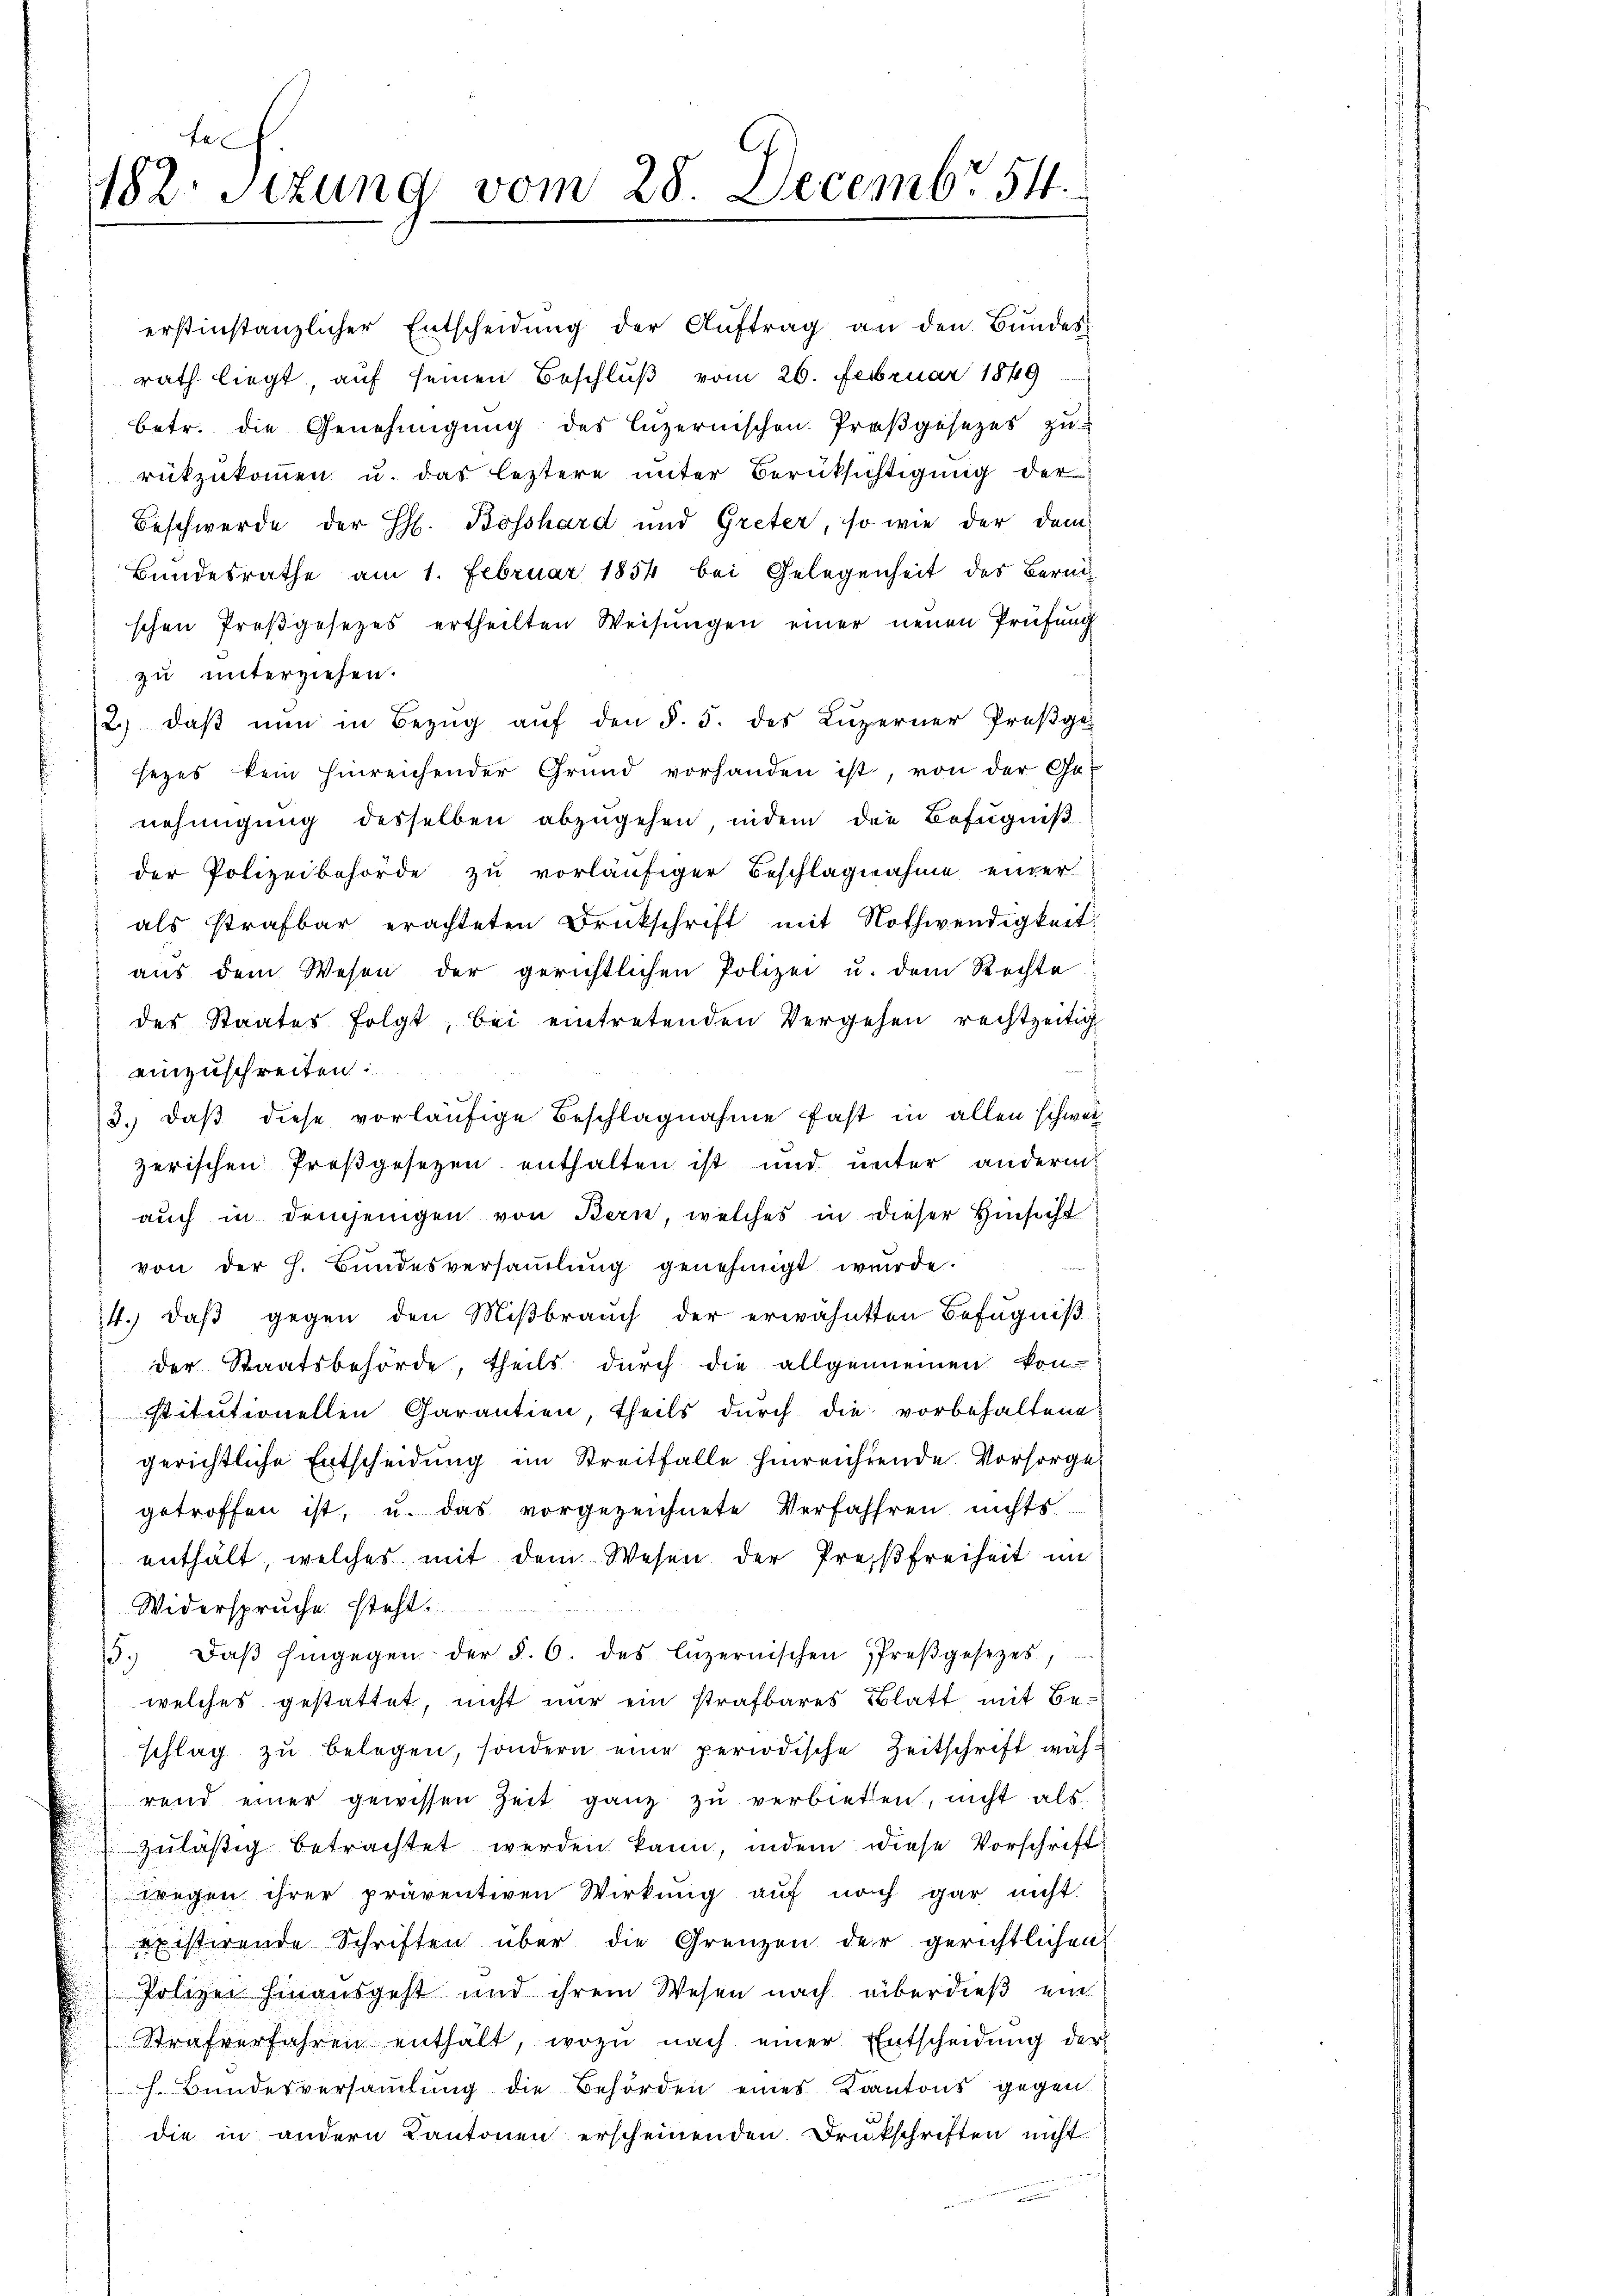
rath liegt, auf seinen Beschluß vom 26. Februar 1849
betr. die Genehmigung des Luzernischen Preßgesezes zu
rükzukommen u. das leztere unter Berüksichtigung der
Beschwerde der H. Bosshard und Greter, so wie der dem
Bundesrathe am 1. Februar 1854 bei Gelegenheit des Berni-
schen Preβgesetzes ertheilten Weisŭngen einer neuen Prüfŭng
zu unterziehen.
2) daβ nŭn in Bezŭg aŭf den §. 5. des Luzerner Preßge
sezes kein hinreichender Grund vorhanden ist, von der Ge-
nehmigung desselben abzugehen indem die Befugniß
 der Polizeibehörde zu vorläufiger Beschlagnahme ender
als strafbar erachteten Drukschrift mit Nothwendigkeit
aus dem Wesen der gerichtlichen Polizei u. dem Rechte
des Staates folgt, bei eintretenden Vergehen rechtzeitig
einzuschreiten
3. daβ diese vorläŭfige Beschlagnahme fast in allen schweiz
zerischen Proßgesetzen enthalten ist und unter anderm
auch in demjenigen von Bern, welches in dieser Hinsicht
von der h. Bundesversaṁlŭng genehmigt würde.
14.) daß gegen den Mißbrauch der erwähnten Befugniß
der Staatsbehörde, theils durch die allgemeinen kon-
stitutionellen Garantien, theils durch die vorbehaltene
gerichtliche Entscheidung im Streitfalle hinreichtende Vorsorge
getroffen ist, u. das vorgezeichnete Verfahren nichts
enthält, welches mit dem Wesen der Preisfreiheit im
Widerspruche steht.
5. Daβ Eingegen der §. 6. des Luzernischen Preβgesetzes,
welches gestattet, nicht nur ein strafbares Blatt mit Beschlag zu belegen, sondern eine periodische Zeitschrift während einer gewissen Zeit ganz zŭ verbieten, nicht als
zuläßig betrachtet werden kann, indem diese Vorschrift
wegen ihrer präventiven Wirkung auf noch gar nicht
existirende Schriften über die Grenzen der gerichtlichen
Polizei hinausgeht und ihrem Wesen nach überdieß ein
Strafverfahren enthält, wozu nach einer Entscheidung der
h. Bundesversammlung die Behörden eines Kantons gegen.
die in andern Kantonen erscheinenden Drukschriften nicht

182. Sitzung vom 28. Decembr 54

erstinstanzlicher Entscheidŭng der Aŭftrag an den Bŭndes